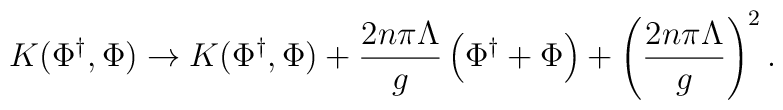
K(\Phi^{\dagger}, \Phi) \rightarrow K(\Phi^{\dagger}, \Phi) + {2n\pi \Lambda \over g}\left(\Phi^{\dagger}+\Phi\right)  + \left({2n\pi \Lambda \over g}\right)^2 .